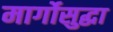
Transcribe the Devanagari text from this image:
मार्गोसुद्धा